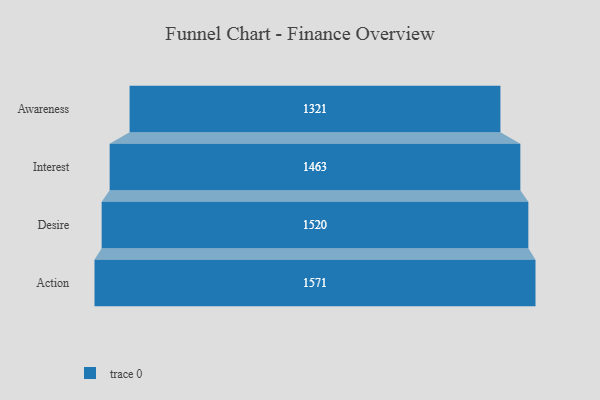
{"axis": {"x": "Stage", "y": "Value"}, "legend": [""], "data": [{"x": "Awareness", "y": 1321.0, "type": ""}, {"x": "Interest", "y": 1463.0, "type": ""}, {"x": "Desire", "y": 1520.0, "type": ""}, {"x": "Action", "y": 1571.0, "type": ""}]}